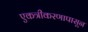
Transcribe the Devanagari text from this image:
एकत्रीकरणापासून